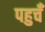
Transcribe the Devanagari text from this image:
पहुचँ